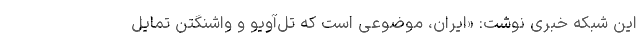
این شبکه خبری نوشت: «ایران، موضوعی است که تل‌آویو و واشنگتن تمایل